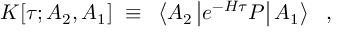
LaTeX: K [ \tau ; A _ { 2 } , A _ { 1 } ] ~ \equiv ~ \left< A _ { 2 } \left| e ^ { - H \tau } P \right| A _ { 1 } \right> ~ ~ ,